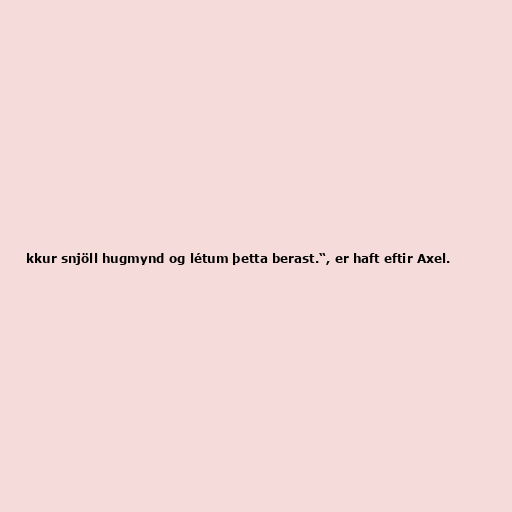
kkur snjöll hugmynd og létum þetta berast.“, er haft eftir Axel.